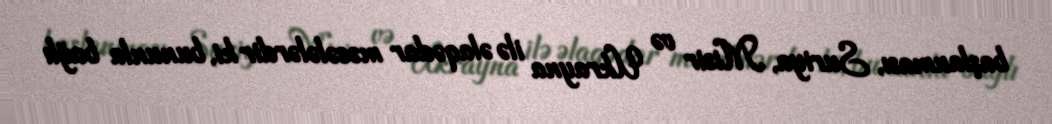
başlanması, Suriya, Misir və Ukrayna ilə əlaqədar məsələlərdir ki, bununla bağlı